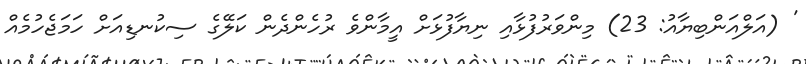
' (އަލްއަންބިޔާއު: 23) މިންވަރުފުޅާއި ނިޔާފުޅަށް އީމާންވެ ރުހެންދެން ކަލޭގެ ސިކުނޑިއަށް ހަމަޖެހުމެއް